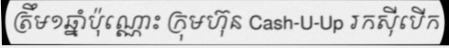
ត្រឹម១ឆ្នាំប៉ុណ្ណោះ ក្រុមហ៊ុន Cash-U-Up រកស៊ីបើក